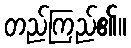
တည်ကြည်၏။